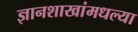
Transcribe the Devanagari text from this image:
ज्ञानशाखांमधल्या